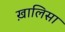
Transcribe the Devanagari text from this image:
ख़ालिसा